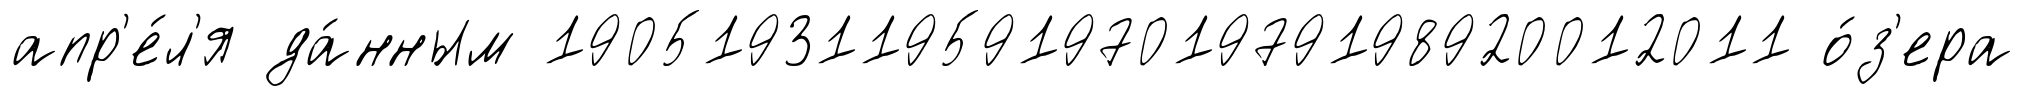
апр'е́л'я да́нным 19051931195919701979198920012011 о́з'ера